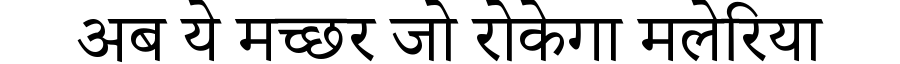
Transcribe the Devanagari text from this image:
अब ये मच्छर जो रोकेगा मलेरिया